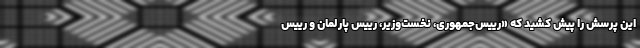
این پرسش را پیش کشید که «رییس‌جمهوری، نخست‌وزیر، رییس پارلمان و رییس